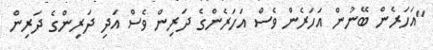
"އަހަރެން ބޭނުން އަހަރެން ވެސް އަހަރެންގެ ދަރިން ވެސް އަދި ދަރިިންގެ ދަރިން